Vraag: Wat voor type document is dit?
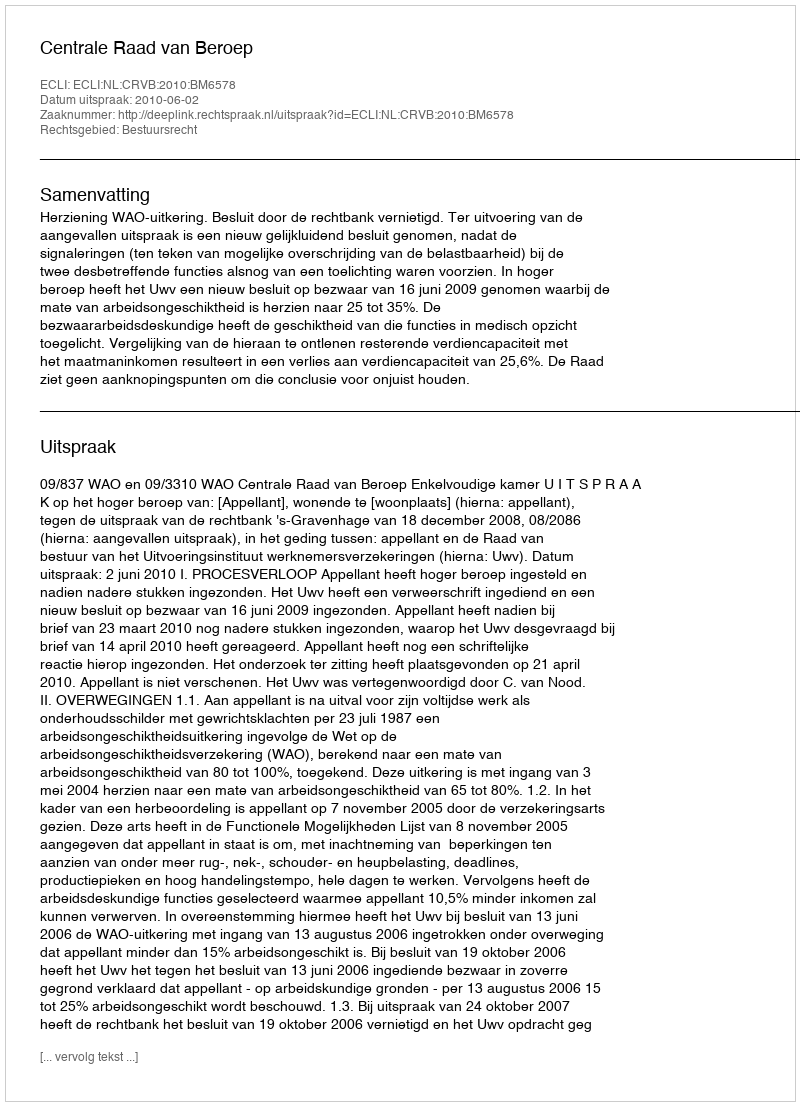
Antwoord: Uitspraak